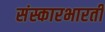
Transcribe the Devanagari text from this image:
संस्कारभारती